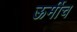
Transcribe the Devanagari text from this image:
ऊर्मीच